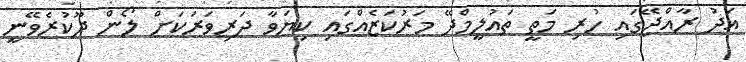
އަދު ރާއްޖޭގައި ހުރި މަތީ ތައުލީމްދޭ މަރުކަޒެއްގައި ކިޔަވާ ދަރިވަރަކަށް ލޯން ދޫކުރެވޭނީ